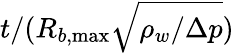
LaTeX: t/(R_{b,\operatorname*{max}}\sqrt{\rho_{w}/\Delta p})